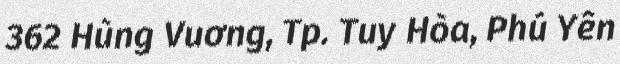
362 Hùng Vuơng, Tp. Tuy Hòa, Phú Yên